Punjab Mental Hospital Lahore 1932-46 - 1932-1946
Year: 1932
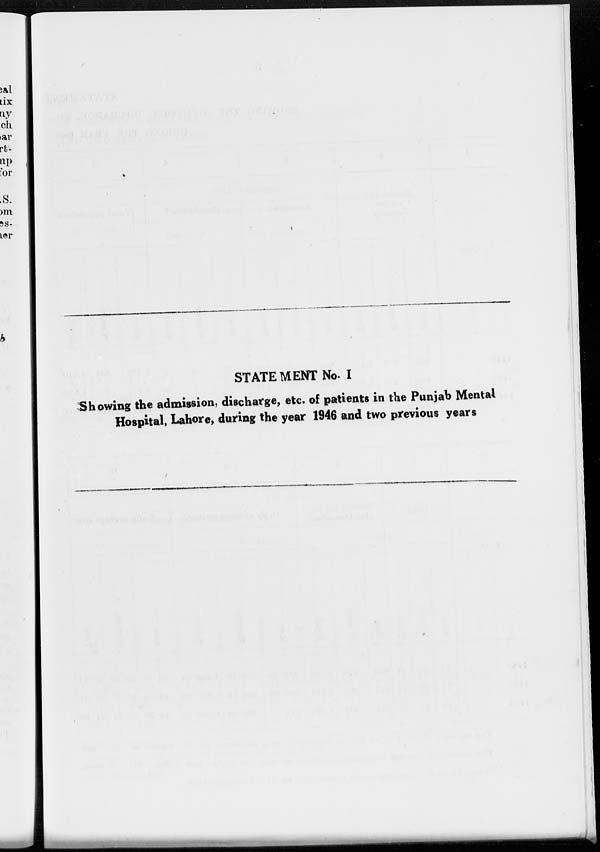
STATEMENT No. I
Showing the admission, discharge, etc. of patients in the Punjab Mental
Hospital, Lahore, during the year 1946 and two previous years